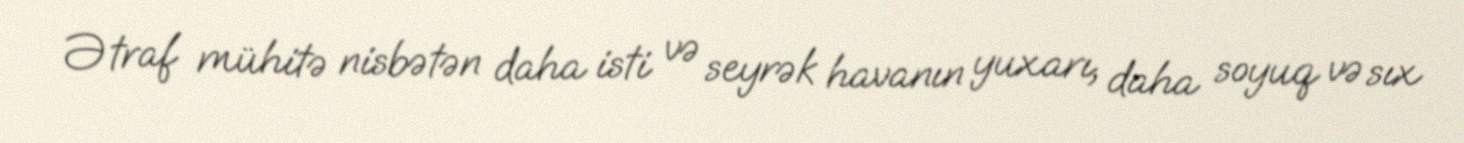
Ətraf mühitə nisbətən daha isti və seyrək havanın yuxarı, daha soyuq və sıx